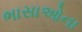
ભાસાઓના